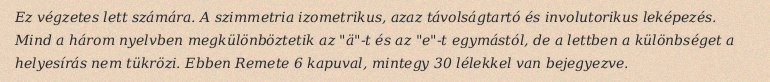
Ez végzetes lett számára. A szimmetria izometrikus, azaz távolságtartó és involutorikus leképezés. Mind a három nyelvben megkülönböztetik az "ä"-t és az "e"-t egymástól, de a lettben a különbséget a helyesírás nem tükrözi. Ebben Remete 6 kapuval, mintegy 30 lélekkel van bejegyezve.